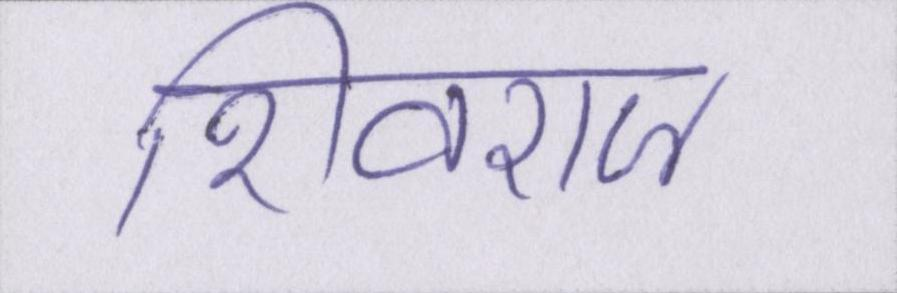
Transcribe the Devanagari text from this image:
शिवराज